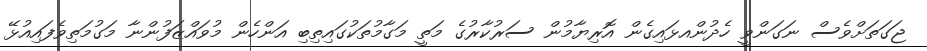
ޖަގަތަށްވެސް ނަގަންވީ ހެދުންއޅައިގެން އޮރިޔާމުން ސަރުކާރުގެ މަތީ މަގާމުތަކުގައިތިބި އަންހެން މުވައްޒަފުންނާ މަގުމަތިވެފައިއުޅޭ